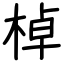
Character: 棹